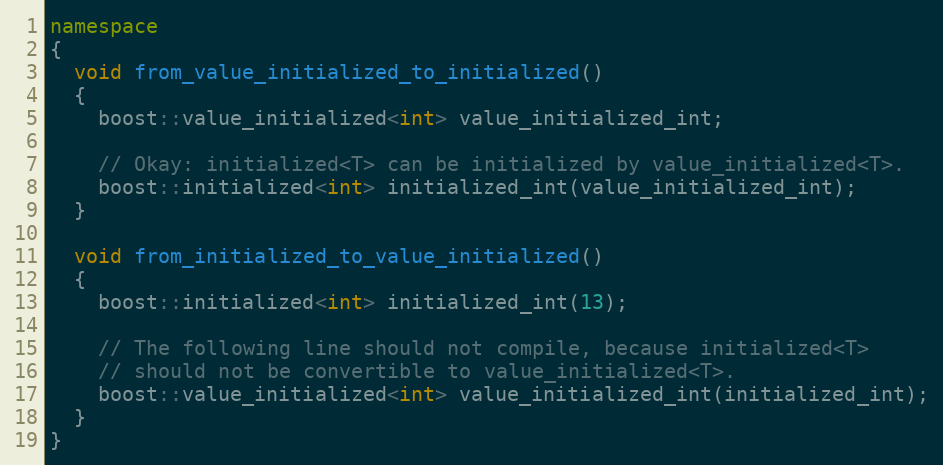
Language: C++
namespace
{
  void from_value_initialized_to_initialized()
  {
    boost::value_initialized<int> value_initialized_int;

    // Okay: initialized<T> can be initialized by value_initialized<T>.
    boost::initialized<int> initialized_int(value_initialized_int);
  }

  void from_initialized_to_value_initialized()
  {
    boost::initialized<int> initialized_int(13);

    // The following line should not compile, because initialized<T>
    // should not be convertible to value_initialized<T>.
    boost::value_initialized<int> value_initialized_int(initialized_int);
  }
}